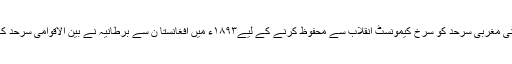
آ خر میں اپنی مغربی سرحد کو سرخ کیمونسٹ انقلاب سے محفوظ کرنے کے لیے۱۸۹۳ء میں افغانستا ن سے برطانیہ نے بین الاقوامی سرحد کا معاہدہ کیا۔